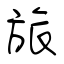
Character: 旅